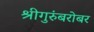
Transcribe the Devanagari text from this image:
श्रीगुरुंंबरोबर